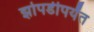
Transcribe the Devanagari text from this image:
झोपडीपर्यंत